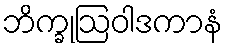
ဘိက္ခုဩဝါဒကာနံ